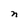
Character: n